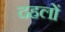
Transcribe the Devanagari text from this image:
दहलों